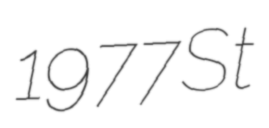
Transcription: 1977 St